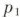
p_1